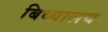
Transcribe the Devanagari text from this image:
बिध्यालय